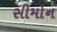
સીમોન